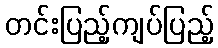
တင်းပြည့်ကျပ်ပြည့်